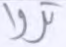
تروا